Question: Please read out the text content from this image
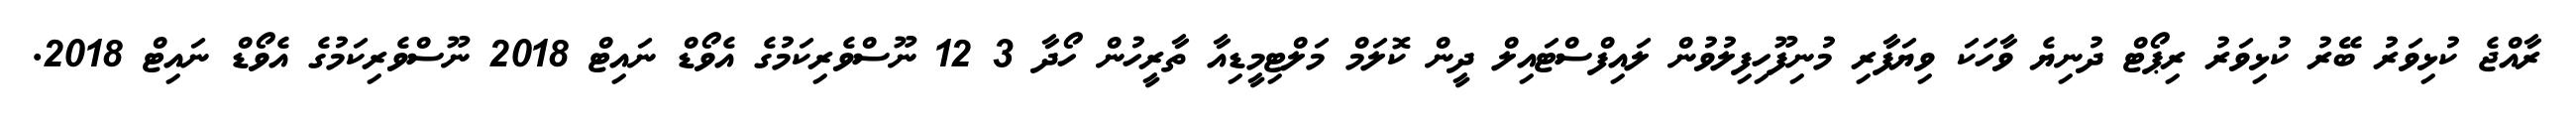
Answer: ރާއްޖެ ކުޅިވަރު ބޭރު ކުޅިވަރު ރިޕޯޓް ދުނިޔެ ވާހަކަ ވިޔަފާރި މުނިފޫހިފިލުވުން ލައިފްސްޓައިލް ދީން ކޮލަމް މަލްޓިމީޑިއާ ތާރީހުން ހޯދާ 3 12 ނޫސްވެރިކަމުގެ އެވޯޑް ނައިޓް 2018 ނޫސްވެރިކަމުގެ އެވޯޑް ނައިޓް 2018.